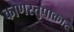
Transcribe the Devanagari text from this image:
कोणस्तुपाकार